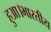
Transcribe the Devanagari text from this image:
हुआ।भारतीय